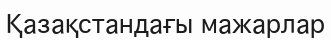
Қазақстандағы мажарлар